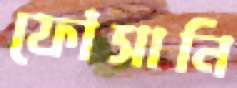
ফোঁসানি